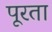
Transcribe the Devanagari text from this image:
पूरता